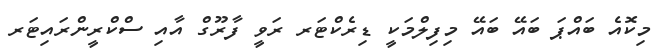
މިކޮއެ ބައްޕަ ބައޭ ބައޭ މިފިލްމަކީ ޑިރެކްޓަރ ރަވީ ފާރޫގް އާއި ސްކްރީންރައިޓަރ